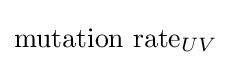
{\text{mutation rate}}_{UV}